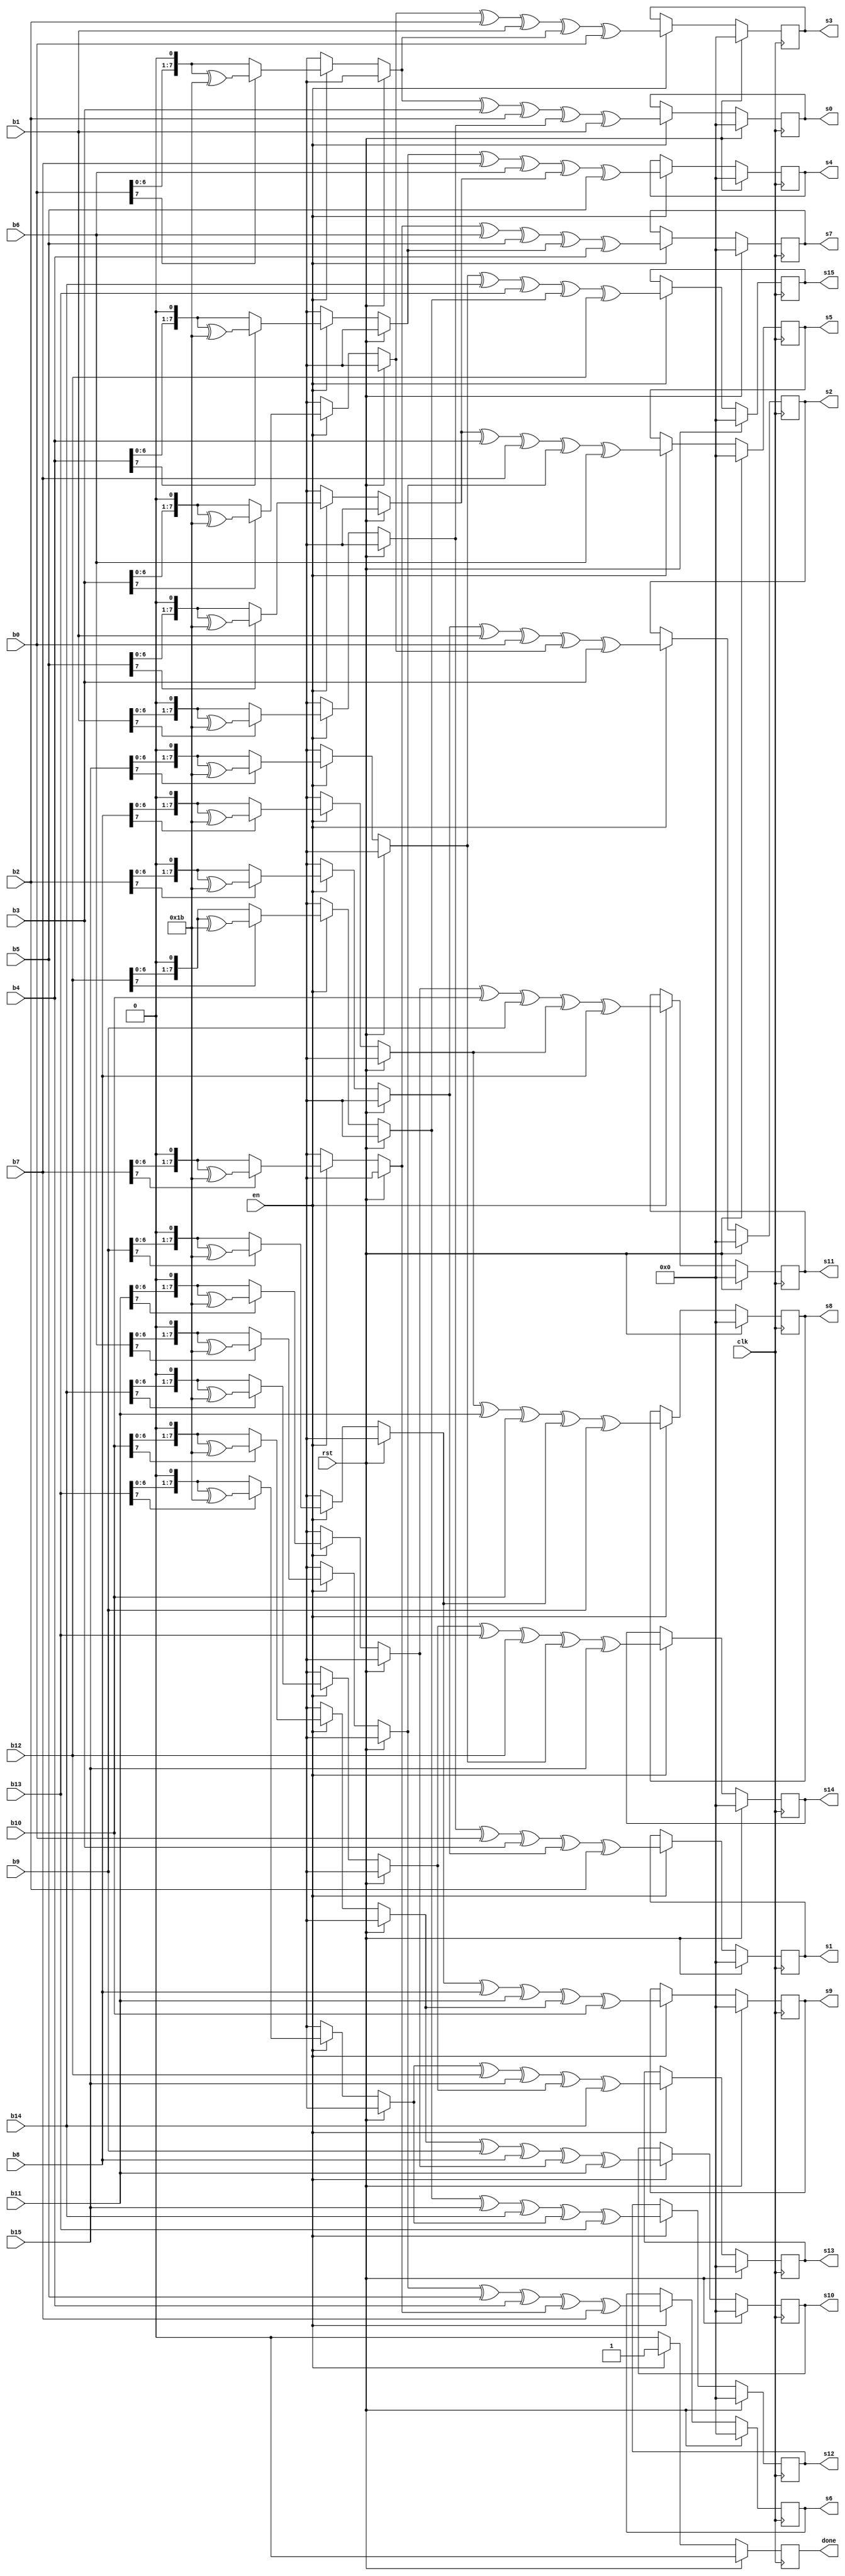
//============================================
//
// MixColumns Module used in Rounds
//
//============================================

`timescale 1ns / 1ps
module mix_columns(	clk, rst, en,
					b0, b1, b2, b3, b4, b5, b6, b7, b8, b9, b10, b11, b12, b13, b14, b15,
					s0, s1, s2, s3, s4, s5, s6, s7, s8, s9, s10, s11, s12, s13, s14, s15,
					done
				  );

input clk, rst, en;
input[7:0] b0, b1, b2, b3, b4, b5, b6, b7, b8, b9, b10, b11, b12, b13, b14, b15;
output[7:0] s0, s1, s2, s3, s4, s5, s6, s7, s8, s9, s10, s11, s12, s13, s14, s15;
output done;

//By rules all the input ports should be wires
wire clk, rst, en;																																	
wire[7:0] b0, b1, b2, b3, b4, b5, b6, b7, b8, b9, b10, b11, b12, b13, b14, b15;		// Input State from or ShiftRows

//Output ports could be storage elements (regs) or wires
reg[7:0] s0, s1, s2, s3, s4, s5, s6, s7, s8, s9, s10, s11, s12, s13, s14, s15;		// Output to AddRoundKey
reg done;

reg[7:0] d0, d1, d2, d3, d4, d5, d6, d7, d8, d9, d10, d11, d12, d13, d14, d15;		// di=2*si
integer i=1;
integer j=1;


always @ (posedge clk)
begin: mix

	if(rst==1'b1) begin
		s0 <=  8'h00;
		s1 <=  8'h00;
		s2 <=  8'h00;
		s3 <=  8'h00;
		s4 <=  8'h00;
		s5 <=  8'h00;
		s6 <=  8'h00;
		s7 <=  8'h00;
		s8 <=  8'h00;
		s9 <=  8'h00;
		s10 <= 8'h00;
		s11 <= 8'h00;
		s12 <= 8'h00;
		s13 <= 8'h00;
		s14 <= 8'h00;
		s15 <= 8'h00;
		done = 0;
	end
	
	else if(en==1'b1) begin
		
		d0 = b0 << 1;			//d0=2*b0
		if(b0[7]&1) begin
			d0 = d0 ^ 8'h1B;	//d0=2*b0, if high_bit is set
		end
		
		d1 = b1 << 1;
		if(b1[7]&1) begin
			d1 = d1 ^ 8'h1B;	
		end
		
		d2 = b2 << 1;
		if(b2[7]&1) begin
			d2 = d2 ^ 8'h1B;
		end
		
		d3 = b3 << 1;
		if(b3[7]&1) begin
			d3 = d3 ^ 8'h1B;
		end
		
		s0 = d0 ^ b3 ^ b2 ^ d1 ^ b1;	// 2*b0 + b3 + b2 + 3*b1
		s1 = d1 ^ b0 ^ b3 ^ d2 ^ b2;	// 2*b1 + b0 + b3 + 3*b2
		s2 = d2 ^ b1 ^ b0 ^ d3 ^ b3;	// 2*b2 + b1 + b0 + 3*b3
		s3 = d3 ^ b2 ^ b1 ^ d0 ^ b0;	// 2*b3 + b2 + b1 + 3*a0
		
		
		d4 = b4 << 1;
		if(b4[7]&1) begin
			d4 = d4 ^ 8'h1B;	
		end
		
		d5 = b5 << 1;
		if(b5[7]&1) begin
			d5 = d5 ^ 8'h1B;
		end
		
		d6 = b6 << 1;
		if(b6[7]&1) begin
			d6 = d6 ^ 8'h1B;
		end
		
		d7 = b7 << 1;
		if(b7[7]&1) begin
			d7 = d7 ^ 8'h1B;
		end
		
		s4 = d4 ^ b7 ^ b6 ^ d5 ^ b5;
		s5 = d5 ^ b4 ^ b7 ^ d6 ^ b6;
		s6 = d6 ^ b5 ^ b4 ^ d7 ^ b7;
		s7 = d7 ^ b6 ^ b5 ^ d4 ^ b4;
		
		
		d8 = b8 << 1;			//d0=2*b0
		if(b8[7]&1) begin
			d8 = d8 ^ 8'h1B;	//d0=2*b0, if high_bit is set
		end
		
		d9 = b9 << 1;
		if(b9[7]&1) begin
			d9 = d9 ^ 8'h1B;	
		end
		
		d10 = b10 << 1;
		if(b10[7]&1) begin
			d10 = d10 ^ 8'h1B;
		end
		
		d11 = b11 << 1;
		if(b11[7]&1) begin
			d11 = d11 ^ 8'h1B;
		end
		
		s8 = d8 ^ b11 ^ b10 ^ d9 ^ b9;		// 2*b0 + b3 + b2 + 3*b1
		s9 = d9 ^ b8 ^ b11 ^ d10 ^ b10;		// 2*b1 + b0 + b3 + 3*b2
		s10 = d10 ^ b9 ^ b8 ^ d11 ^ b11;	// 2*b2 + b1 + b0 + 3*b3
		s11 = d11 ^ b10 ^ b9 ^ d8 ^ b8;		// 2*b3 + b2 + b1 + 3*a0
		
		
		d12 = b12 << 1;			//d0=2*b0
		if(b12[7]&1) begin
			d12 = d12 ^ 8'h1B;	//d0=2*b0, if high_bit is set
		end
		
		d13 = b13 << 1;
		if(b13[7]&1) begin
			d13 = d13 ^ 8'h1B;	
		end
		
		d14 = b14 << 1;
		if(b14[7]&1) begin
			d14 = d14 ^ 8'h1B;
		end
		
		d15 = b15 << 1;
		if(b15[7]&1) begin
			d15 = d15 ^ 8'h1B;
		end
		
		s12 = d12 ^ b15 ^ b14 ^ d13 ^ b13;		// 2*b0 + b3 + b2 + 3*b1
		s13 = d13 ^ b12 ^ b15 ^ d14 ^ b14;		// 2*b1 + b0 + b3 + 3*b2
		s14 = d14 ^ b13 ^ b12 ^ d15 ^ b15;		// 2*b2 + b1 + b0 + 3*b3
		s15 = d15 ^ b14 ^ b13 ^ d12 ^ b12;		// 2*b3 + b2 + b1 + 3*a0
		
		done=1;
//		#10 done=0;
	end

	else begin
		done = 0;
	end
	
end

endmodule